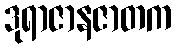
ဒုရာဇာနဇာတက